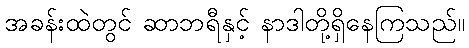
အခန်းထဲတွင် ဆာဘရီနှင့် နာဒါတို့ရှိနေကြသည်။